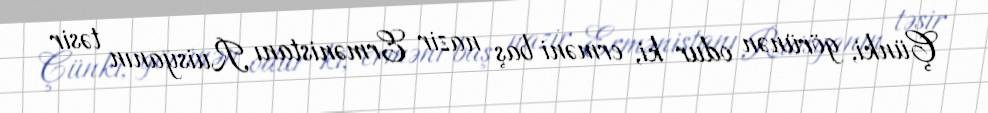
Çünki, görünən odur ki, erməni baş nazir Ermənistanı Ruisyanın təsir